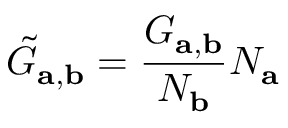
\tilde { G } _ { \mathbf { a , b } } = \frac { G _ { \mathbf { a , b } } } { N _ { \mathbf { b } } } N _ { \mathbf { a } }